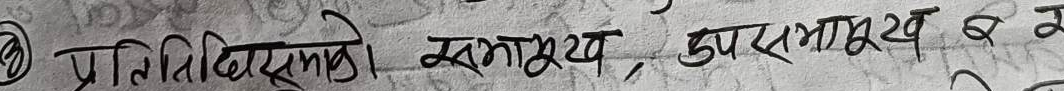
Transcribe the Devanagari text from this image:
प्रतिलिपिहरूको सममुख, दुएसमुख र न